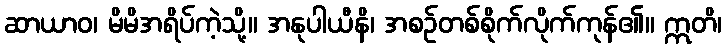
ဆာယာဝ၊ မိမိအရိပ်ကဲ့သို့။ အနုပါယီနိ၊ အစဉ်တစ်စိုက်လိုက်ကုန်၏။ ဣတိ၊